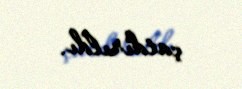
çatdırıldı.